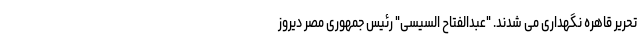
تحریر قاهره نگهداری می شدند. "عبدالفتاح السیسی" رئیس جمهوری مصر دیروز